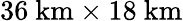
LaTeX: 36~\mathrm{km}\times 18~\mathrm{km}